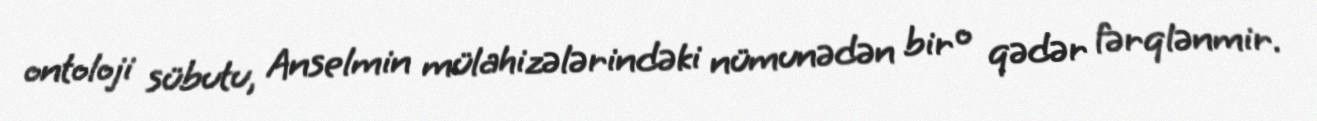
ontoloji sübutu, Anselmin mülahizələrindəki nümunədən bir o qədər fərqlənmir.